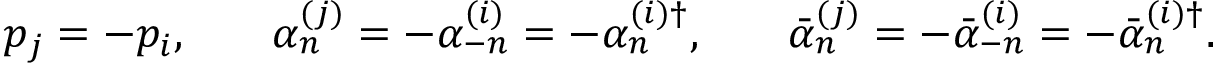
\begin{array} { c c c c c } { { p _ { j } = - p _ { i } , } } & { { } } & { { \alpha _ { n } ^ { ( j ) } = - \alpha _ { - n } ^ { ( i ) } = - \alpha _ { n } ^ { ( i ) \dagger } , } } & { { } } & { { \bar { \alpha } _ { n } ^ { ( j ) } = - \bar { \alpha } _ { - n } ^ { ( i ) } = - \bar { \alpha } _ { n } ^ { ( i ) \dagger } . } } \end{array}